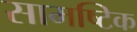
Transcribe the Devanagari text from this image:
सामष्टिक